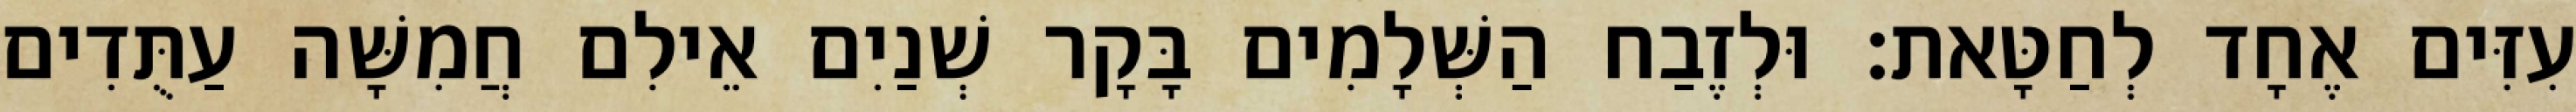
עִזִּים אֶחָד לְחַטָּאת׃ וּלְזֶבַח הַשְּׁלָמִים בָּקָר שְׁנַיִם אֵילִם חֲמִשָּׁה עַתֻּדִים